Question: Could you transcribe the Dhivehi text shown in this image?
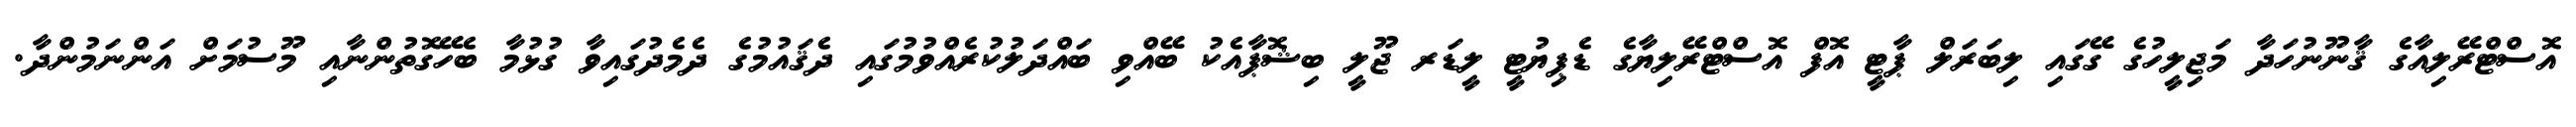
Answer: އޮސްޓްރޭލިއާގެ ޤާނޫނުހަދާ މަޖިލީހުގެ ގޭގައި ލިބަރަލް ޕާޓީ އޮފް އޮސްޓްރޭލިޔާގެ ޑެޕިޔުޓީ ލީޑަރ ޖޫލީ ބިޝޮޕާއެކު ބޭއްވި ބައްދަލުކުރެއްވުމުގައި ދެޤައުމުގެ ދެމެދުގައިވާ ގުޅުމާ ބެހޭގޮތުންނާއި މޫސުމަށް އަންނަމުންދާ.